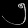
Digit: ၅